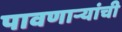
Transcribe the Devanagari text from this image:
पावणार्‍यांची